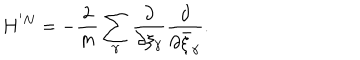
H ^ { ' N } = - \frac { 2 } { m } \sum _ { \gamma } \frac { \partial } { \partial \xi _ { \gamma } } \frac { \partial } { \partial \bar { \xi } _ { \gamma } } .